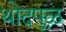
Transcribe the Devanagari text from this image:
थोदपुऴ